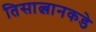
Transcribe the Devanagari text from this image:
तिसात्लानकडे